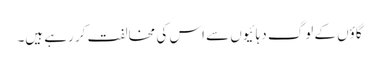
گاؤں کے لوگ دہائیوں سے اس کی مخالفت کر رہے ہیں۔